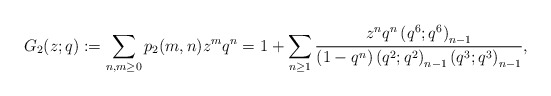
\begin{align*}G_2(z;q) := \sum_{n,m \geq 0} p_2(m,n)z^m q^n =1 + \sum_{n \geq 1} \frac{z^n q^n \left(q^6; q^6\right)_{n-1}}{\left(1-q^n\right)\left(q^2; q^2\right)_{n-1} \left(q^3; q^3\right)_{n-1}},\end{align*}